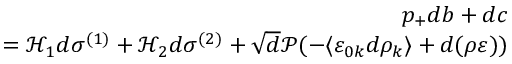
\begin{array} { r } { p _ { + } d b + d c } \\ { = \mathcal { H } _ { 1 } d \sigma ^ { ( 1 ) } + \mathcal { H } _ { 2 } d \sigma ^ { ( 2 ) } + \sqrt { d } \mathcal { P } ( - \langle \varepsilon _ { 0 k } d \rho _ { k } \rangle + d ( \rho \varepsilon ) ) } \end{array}